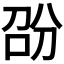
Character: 𭇱